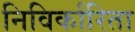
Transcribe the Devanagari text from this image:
निविर्कारिता